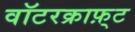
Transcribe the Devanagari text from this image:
वॉटरक्राफ़्ट